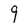
Character: 9